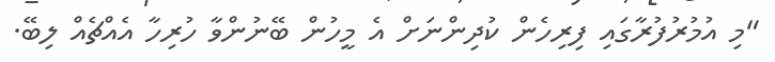
"މި އުމުރުފުރާގައި ފިރިހެން ކުދިންނަށް އެ މީހުން ބޭނުންވާ ހުރިހާ އެއްޗެއް ލިބޭ.